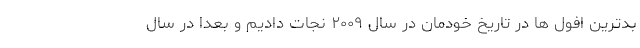
بدترین افول ها در تاریخ خودمان در سال ۲۰۰۹ نجات دادیم و بعدا در سال